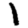
Digit: 1